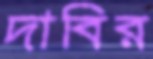
দাবির